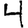
Digit: 4